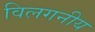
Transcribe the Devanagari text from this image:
विलगनीय